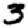
Digit: 3